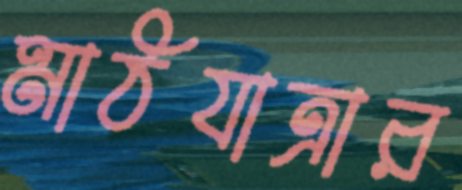
মাঠযাত্রার